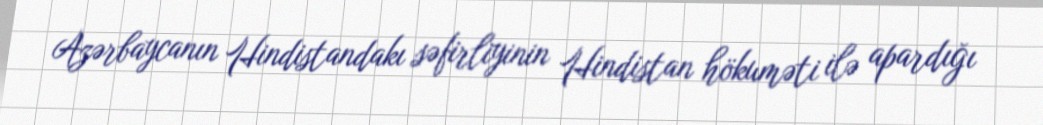
Azərbaycanın Hindistandakı səfirliyinin Hindistan hökuməti ilə apardığı